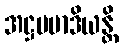
အဋ္ဌမမာဒိယန္တိ